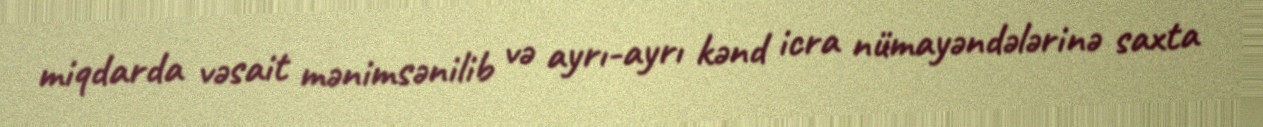
miqdarda vəsait mənimsənilib və ayrı-ayrı kənd icra nümayəndələrinə saxta